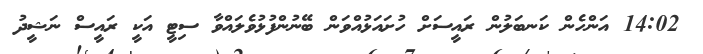
14:02 އަންހެން ކަނބަލުން ރައީސަށް ހުށައަޅުއްވަން ބޭނުންފުޅުވެލައްވާ ސިޓީ އަކީ ރައީސް ނަޝީދު